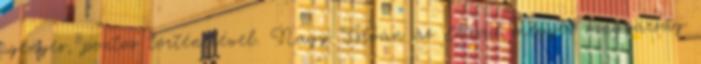
igényes, pontos történetével. Nagy István az Arad megyei magyarság